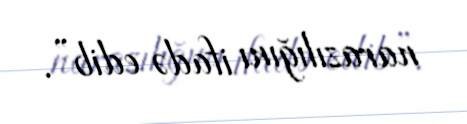
narazılığını ifadə edib”.